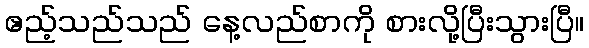
ဧည့်သည်သည် နေ့လည်စာကို စားလို့ပြီးသွားပြီ။